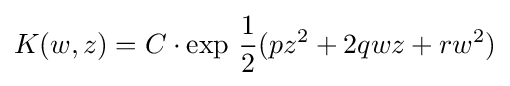
K(w,z)=C\cdot \exp \,{1 \over 2}(pz^{2}+2qwz+rw^{2})